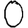
Digit: 0